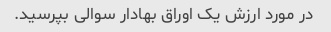
در مورد ارزش یک اوراق بهادار سوالی بپرسید.